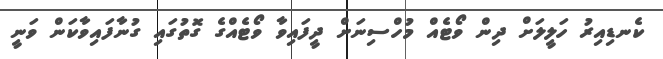
ކެނޑިއިރު ހަލީލަށް ދިން ވޯޓެއް މުހްސިނަށް ދީފައިވާ ވޯޓެއްގެ ގޮތުގައި ގުނާފައިވާކަން ވަނީ